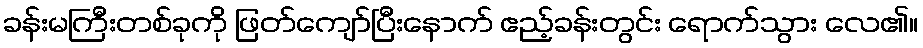
ခန်းမကြီးတစ်ခုကို ဖြတ်ကျော်ပြီးနောက် ဧည့်ခန်းတွင်း ရောက်သွား လေ၏။